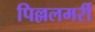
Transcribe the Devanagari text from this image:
पिल्ललमर्री